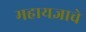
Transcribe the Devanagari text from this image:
महायज्ञाचे